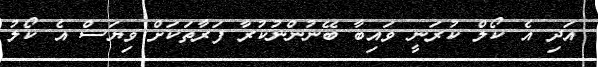
އަދި އެ ކޯލް ކުރަނީ ވައިބާ ބޭނުންނުކުރާ ފަރާތަކަށް ވިޔަސް އެ ކޯލު